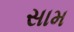
સામ